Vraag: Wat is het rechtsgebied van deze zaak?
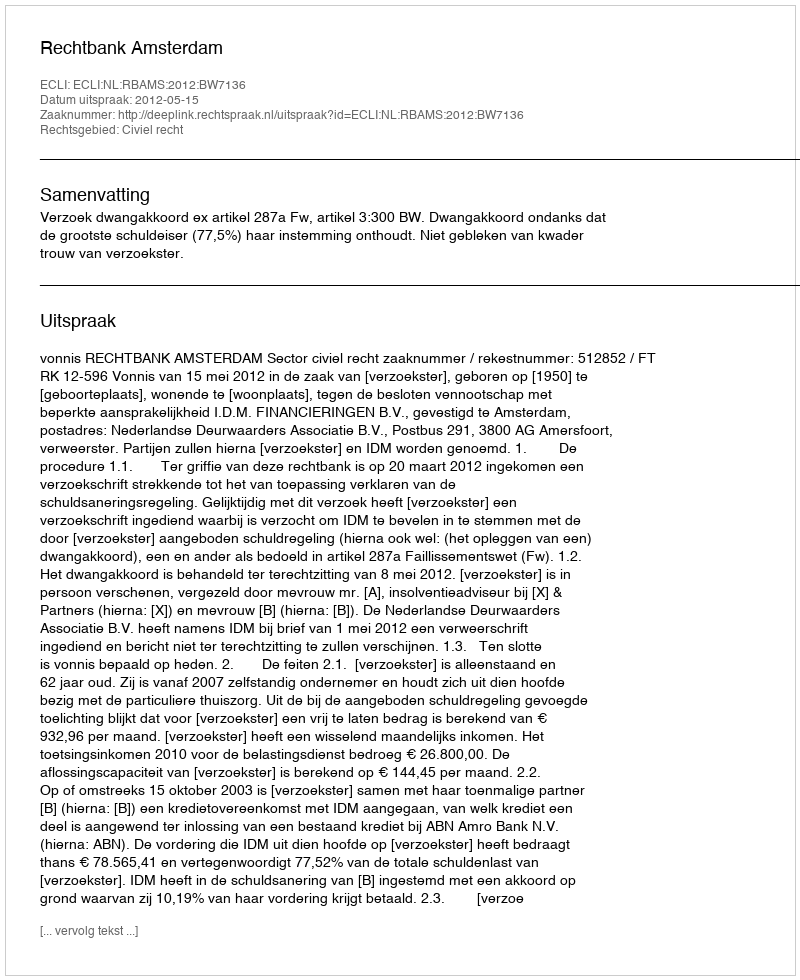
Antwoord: Civiel recht